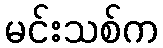
မင်းသစ်က